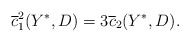
\begin{align*}\overline{c}_1^2(Y^*, D) = 3 \overline{c}_2(Y^*, D).\end{align*}